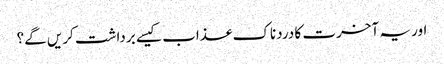
اور یہ آخرت کا دردناک عذاب کیسے برداشت کریں گے؟